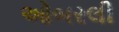
ઓબરલી